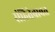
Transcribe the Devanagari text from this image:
संहितेबाबत